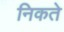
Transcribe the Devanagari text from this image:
निकते